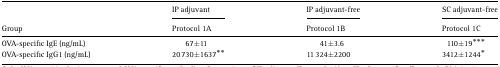
<table><thead><tr><td></td><td><b>IP adjuvant</b></td><td><b>IP adjuvant-free</b></td><td><b>SC adjuvant-free</b></td></tr><tr><td><b>Group</b></td><td><b>Protocol 1A</b></td><td><b>Protocol 1B</b></td><td><b>Protocol 1C</b></td></tr></thead><tbody><tr><td>OVA-specific IgE (ng/mL)</td><td>67 ± 11</td><td>41 ± 3.6</td><td>110 ± 19***</td></tr><tr><td>OVA-specific IgG1 (ng/mL)</td><td>20 730 ± 1637**</td><td>11 324 ± 2200</td><td>3412 ± 1244*</td></tr></tbody></table>